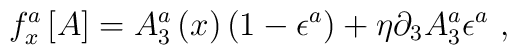
f_{x}^{a} \left[A\right]=A_{3}^{a} \left(x\right)\left(1-\epsilon^{a}\right)+\eta \partial_{3}A_{3}^{a}\epsilon^{a} \ ,